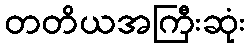
တတိယအကြီးဆုံး